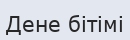
Дене бітімі